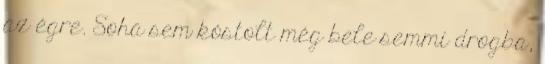
az égre. Soha sem kóstolt még bele semmi drogba,